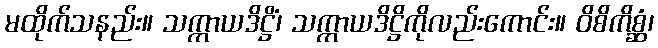
မထိုက်သနည်း။ သက္ကာယဒိဋ္ဌိံ၊ သက္ကာယဒိဋ္ဌိကိုလည်းကောင်း။ ဝိစိကိစ္ဆံ၊